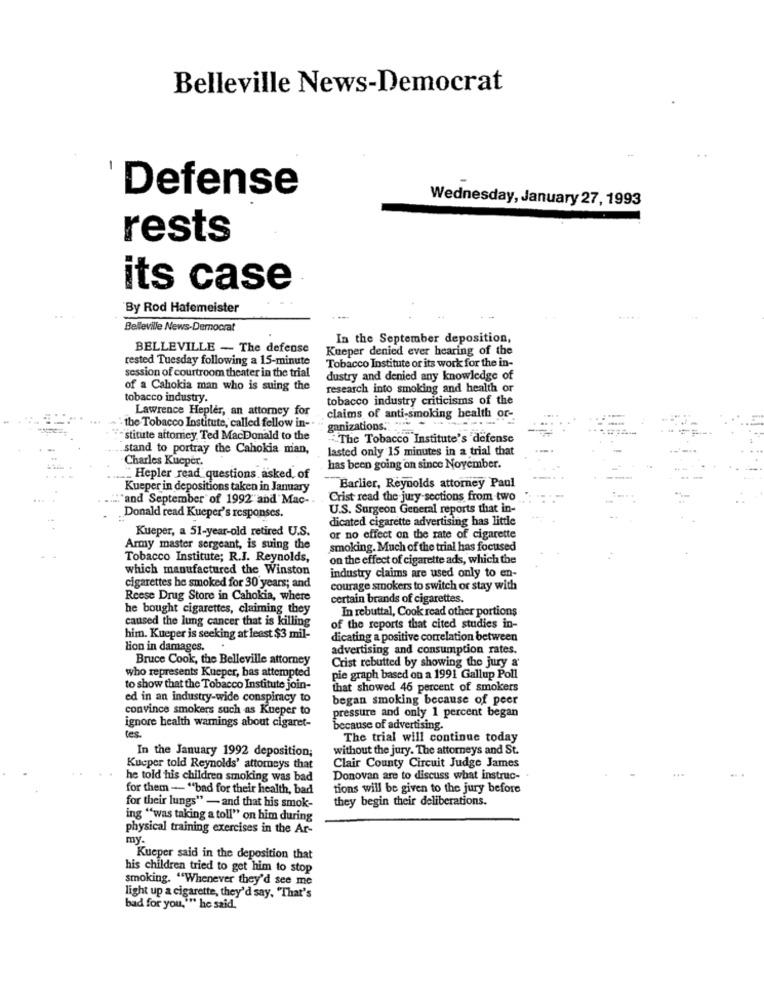
Belleville News-Democrat
1
Defense
Wednesday, January 27, 1993
rests
its case
By Rod Hafemeister
Belleville News-Democrat
In the September deposition,
BELLEVILLE - The defense
Kueper denied ever hearing of the
rested Tuesday following a 15-minute
session of courtroom theater in the trial
Tobacco Institute or its work for the in-
dustry and denied any knowledge of
of a Cahokia man who is suing the
research into smoking and health or
tobacco industry.
tobacco industry criticisms of the
Lawrence Hepler, an attorney for
ganizations.+ + +
claims of anti-smoking health or-
-the Tobacco Institute, called fellow in-
stitute attonicy Ted MacDonald to the
"The Tobacco Institute's defense
stand to portray the Cahokia nian,
lasted only 15 minutes in a trial that
Charles Kueper.
has been going on since November.
Hepler read questions asked, of
Kueper in depositions taken in January
Barlier, Reynolds attorney Paul
:"and September of 1992 and Mac-
Crist read the jury sections from two
U.S. Surgeon General reports that in-
Donald read Kueper's responses.
dicated cigarette advertising has little
Kueper, a 51-year-old retired U.S.
or no effect on the rate of cigarette
Army master sergeant, is suing the
smoking. Much of the trial has focused
Tobacco Institute; R.J. Reynolds,
on the effect of cigarette ads, which the
which manufactured the Winston
industry claims are used only to en-
cigarettes he smoked for 30 years; and
courage smokers to switch or stay with
Reese Drug Store in Cahokia, where
certain brands of cigarettes.
he bought cigarettes, claiming they
In rebuttal, Cook read other portions
caused the lung cancer that is killing
of the reports that cited studies in-
him. Kueper is seeking at least $3 mil-
dicating a positive correlation between
lion in damages.
.
advertising and consumption rates.
Bruce Cook, the Belleville attorney
Crist rebutted by showing the jury a
who represents Kueper, bas attempted
pie graph based on a 1991 Gallup Poll
to show that the Tobacco Institute join-
that showed 46 percent of smokers
ed in an industry-wide conspiracy to
began smoking because of peer
convince smokers such as Kueper to
pressure and only 1 percent began
ignore health warnings about cigaret-
tes
because of advertising.
The trial will continue today
In the January 1992 deposition;
without the jury. The attorneys and St.
Kucper told Reynolds' attorneys that
Clair County Circuit Judge James
he told his children smoking was bad
Donovan are to discuss what instruc-
for them - "bad for their health, bad
tions will be given to the jury before
they begin their deliberations.
for their lungs" - and that his smok-
ing "was taking a toll" on him during
physical training exercises in the Ar-
my.
Kueper said in the deposition that
his children tried to get him to stop
smoking. "Whenever they'd see me
light up a cigarette, they'd say, "That's
bad for you."" he said.